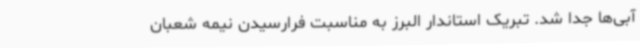
آبی‌ها جدا شد. تبریک استاندار البرز به مناسبت فرارسیدن نیمه شعبان